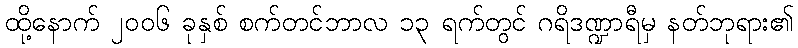
ထို့နောက် ၂၀၀၆ ခုနှစ် စက်တင်ဘာလ ၁၃ ရက်တွင် ဂရိဒဏ္ဍာရီမှ နတ်ဘုရား၏